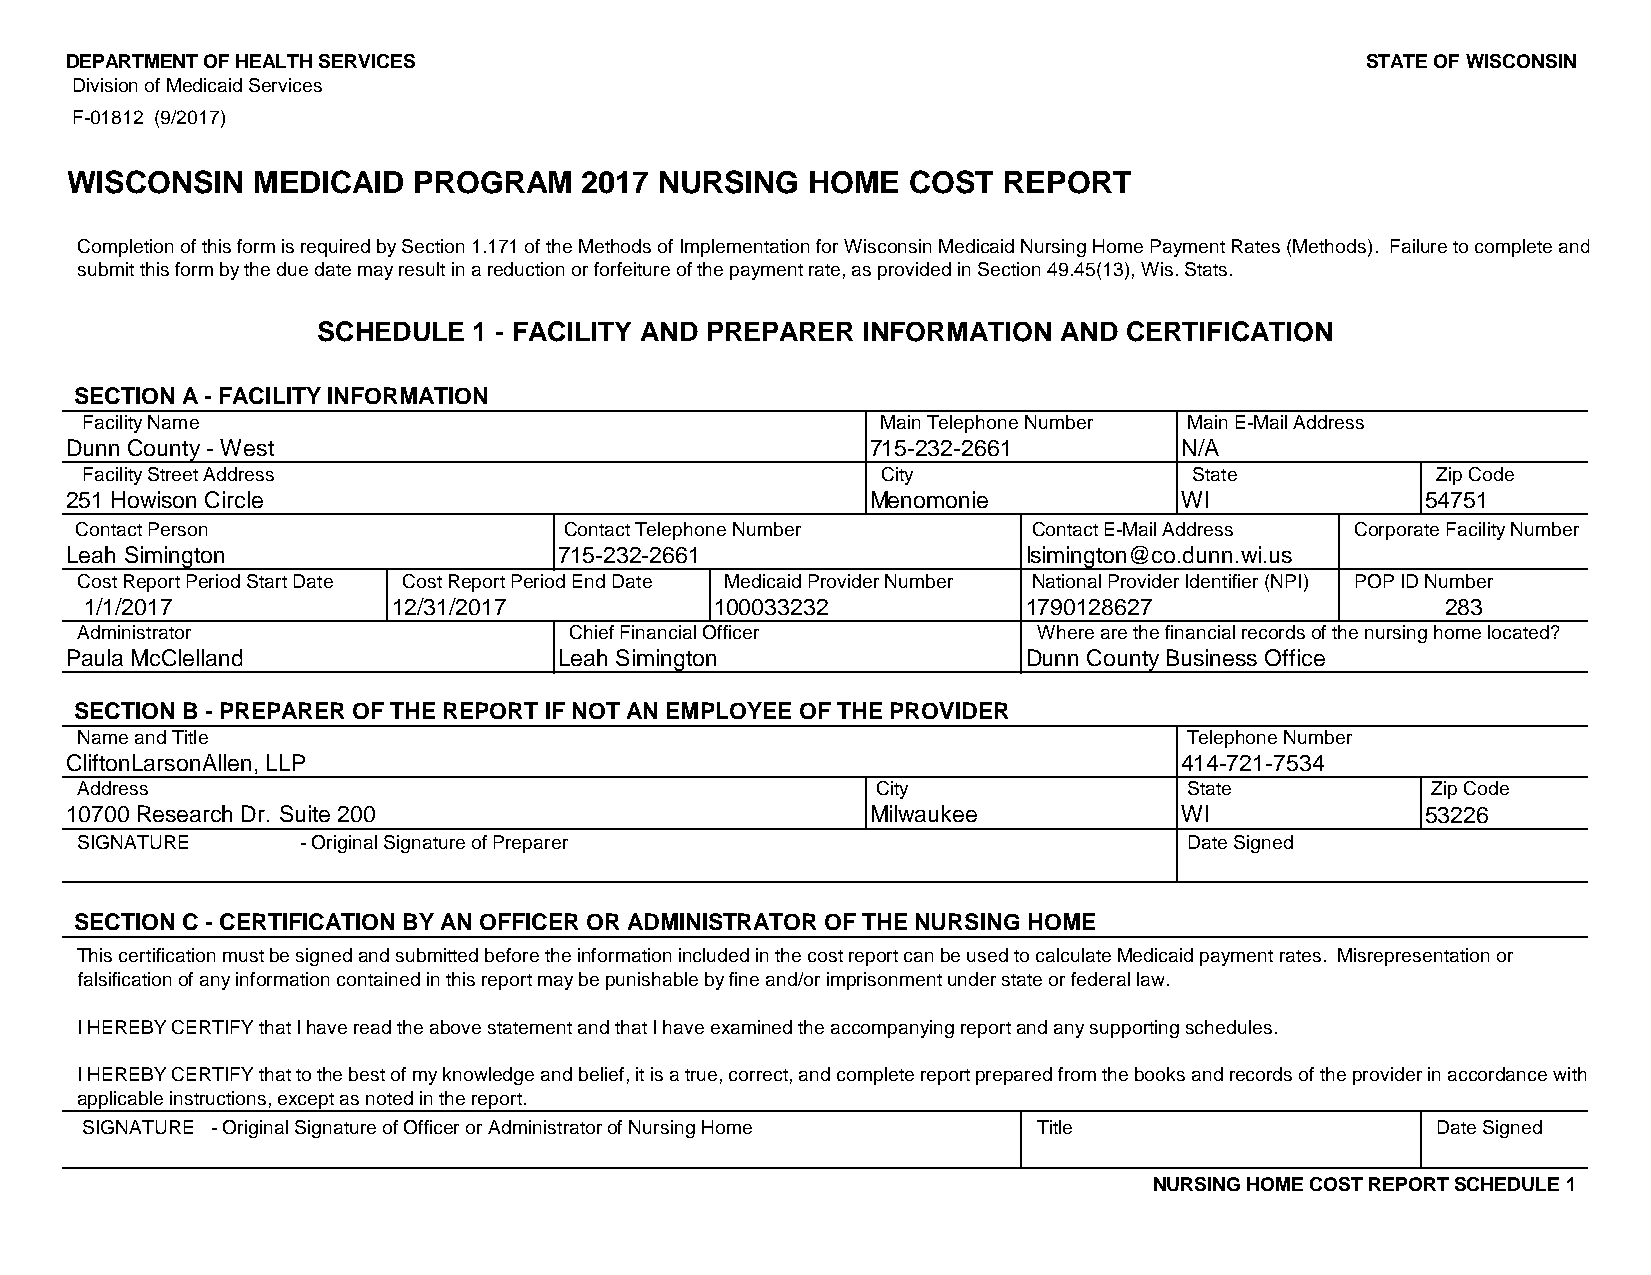
DEPARTMENT OF HEALTH SERVICES                                                         STATE OF WISCONSIN
 Division of Medicaid Services
 F-01812 (9/2017)
 WISCONSIN    MEDICAID  PROGRAM    2017  NURSING   HOME  COST  REPORT
 Completion of this form is required by Section 1.171 of the Methods of Implementation for Wisconsin Medicaid Nursing Home Payment Rates (Methods). Failure to complete and
 submit this form by the due date may result in a reduction or forfeiture of the payment rate, as provided in Section 49.45(13), Wis. Stats.
 SCHEDULE  1 - FACILITY AND PREPARER INFORMATION  AND CERTIFICATION
 #REF!
 SECTION A - FACILITY INFORMATION
 Facility Name                                        Main Telephone Number Main E-Mail Address
 Dunn County - West                                    715-232-2661        N/A
 Facility Street Address                              City                 State           Zip Code
 251 Howison Circle                                    Menomonie           WI              54751
 Contact Person                  Contact Telephone Number       Contact E-Mail Address Corporate Facility Number
 Leah Simington                   715-232-2661                   lsimington@co.dunn.wi.us
 Cost Report Period Start Date Cost Report Period End Date Medicaid Provider Number National Provider Identifier (NPI) POP ID Number
 1/1/2017            12/31/2017           100033232            1790128627                  283
 Administrator                    Chief Financial Officer        Where are the financial records of the nursing home located?
 Paula McClelland                 Leah Simington                 Dunn County Business Office
 SECTION B - PREPARER OF THE REPORT IF NOT AN EMPLOYEE OF THE PROVIDER
 Name and Title                                                            Telephone Number
 CliftonLarsonAllen, LLP                                                   414-721-7534
 Address                                              City                 State           Zip Code
 10700 Research Dr. Suite 200                          Milwaukee           WI              53226
 SIGNATURE      - Original Signature of Preparer                           Date Signed
 SECTION C - CERTIFICATION BY AN OFFICER OR ADMINISTRATOR OF THE NURSING HOME
 This certification must be signed and submitted before the information included in the cost report can be used to calculate Medicaid payment rates. Misrepresentation or
 falsification of any information contained in this report may be punishable by fine and/or imprisonment under state or federal law.
 I HEREBY CERTIFY that I have read the above statement and that I have examined the accompanying report and any supporting schedules.
 I HEREBY CERTIFY that to the best of my knowledge and belief, it is a true, correct, and complete report prepared from the books and records of the provider in accordance with
 applicable instructions, except as noted in the report.
 SIGNATURE - Original Signature of Officer or Administrator of Nursing Home Title          Date Signed
 NURSING HOME COST REPORT SCHEDULE 1